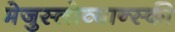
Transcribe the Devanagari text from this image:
मेजुस्लोव्यान्स्की